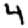
Digit: 4